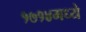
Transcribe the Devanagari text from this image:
१७१४मध्ये